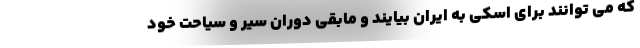
که می توانند برای اسکی به ایران بیایند و مابقی دوران سیر و سیاحت خود